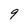
Character: 9